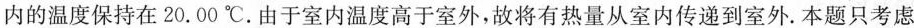
内的温度保持在20. 00 ℃.由于室内温度高于室外，故将有热量从室内传递到室外.本题只考虑